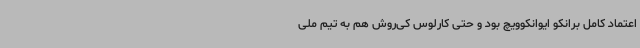
اعتماد کامل برانکو ایوانکوویچ بود و حتی کارلوس کی‌روش هم به تیم ملی